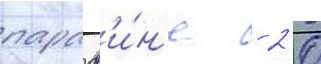
параф'и́н'е - 2 0